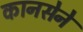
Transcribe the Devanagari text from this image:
कानसेने